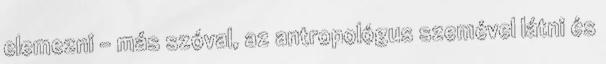
elemezni – más szóval, az antropológus szemével látni és